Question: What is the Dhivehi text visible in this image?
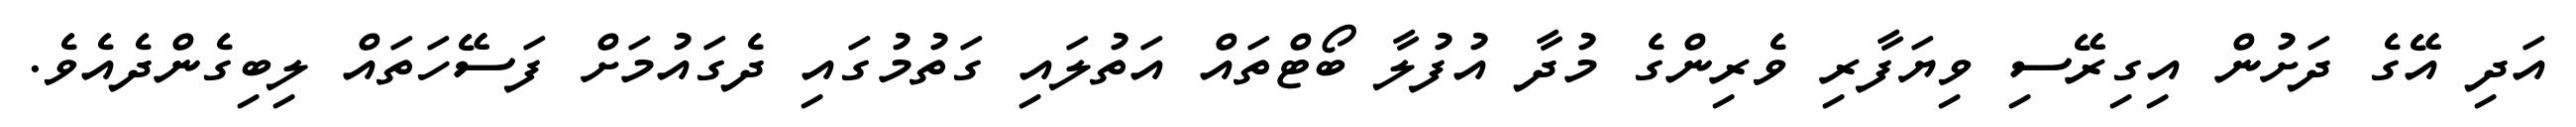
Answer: އަދި އޭގެ ދަށުން އިގިރޭސި ވިޔަފާރި ވެރިންގެ މުދާ އުފުލާ ބޯޓްތައް އަތުލައި ގަތުމުގައި ދެގައުމަށް ފަސޭހަތައް ލިބިގެންދެއެވެ.